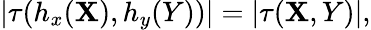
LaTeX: |\tau(h_{x}(\mathbf{X}),h_{y}(Y))|=|\tau(\mathbf{X},Y)|,